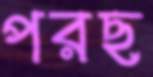
পরছ